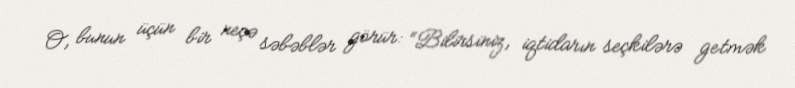
O, bunun üçün bir neçə səbəblər görür: “Bilirsiniz, iqtidarın seçkilərə getmək